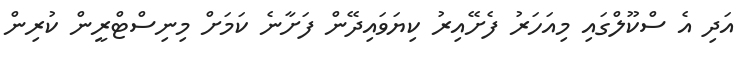
އަދި އެ ސްކޫލްގައި މިއަހަރު ފެށޭއިރު ކިޔަވައިދޭން ފަށާނެ ކަމަށް މިނިސްޓްރީން ކުރިން